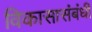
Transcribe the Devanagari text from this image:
विकासासंबंधी